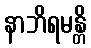
နာဘိရမန္တိ